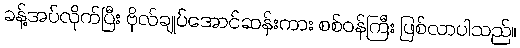
ခန့်အပ်လိုက်ပြီး ဗိုလ်ချုပ်အောင်ဆန်းကား စစ်ဝန်ကြီး ဖြစ်လာပါသည်။